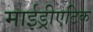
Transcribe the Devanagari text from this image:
माईड्रीएटिक